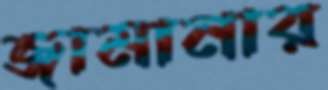
জামানার